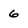
Character: 6